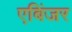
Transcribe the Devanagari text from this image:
एबिंजर